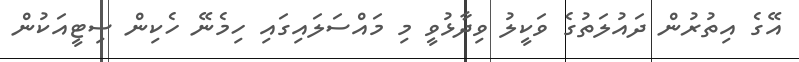
އޭގެ އިތުރުން ދައުލަތުގެ ވަކީލު ވިދާޅުވީ މި މައްސަލައިގައި ހިމެނޭ ހެކިން ސިޓީއަކުން